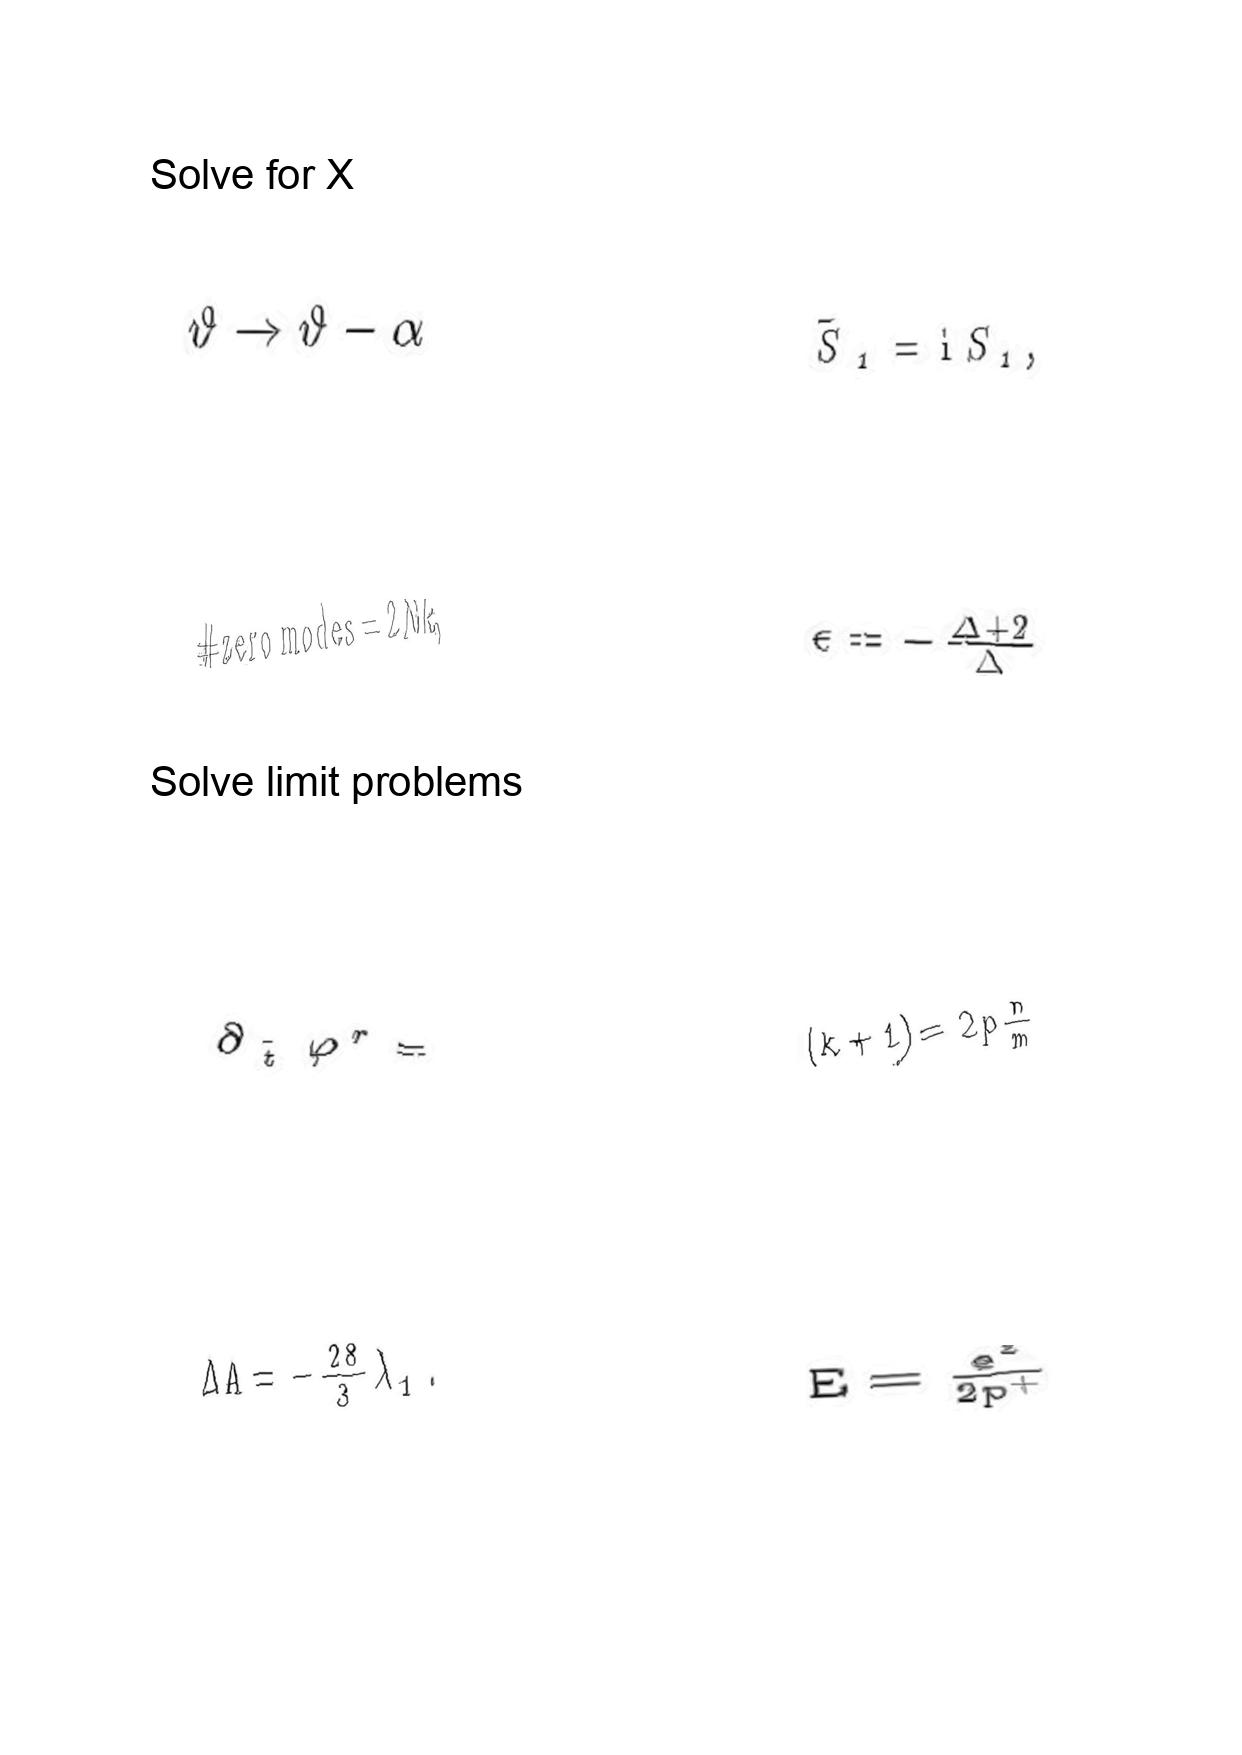
LaTeX transcription:
\vartheta \rightarrow \vartheta - \alpha
\# \mathrm { z e r o \space m o d e s } = 2 N k ,
\partial _ { \tilde { t } } \varphi ^ { r } =
\Delta A = - \frac { 2 8 } { 3 } \lambda _ { 1 } .
\tilde { S } _ { 1 } = \mathrm { i } S _ { 1 } ,
\epsilon = - \frac { \Delta + 2 } { \Delta }
\lparen k + 1 \rparen = 2 p \frac { n } { m }
E = \frac { e ^ { 2 } } { 2 p ^ { + } }